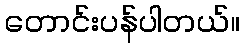
တောင်းပန်ပါတယ်။